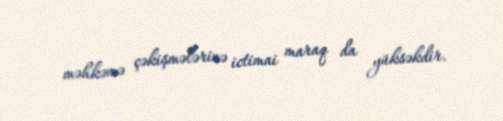
məhkəmə çəkişmələrinə ictimai maraq da yüksəkdir.